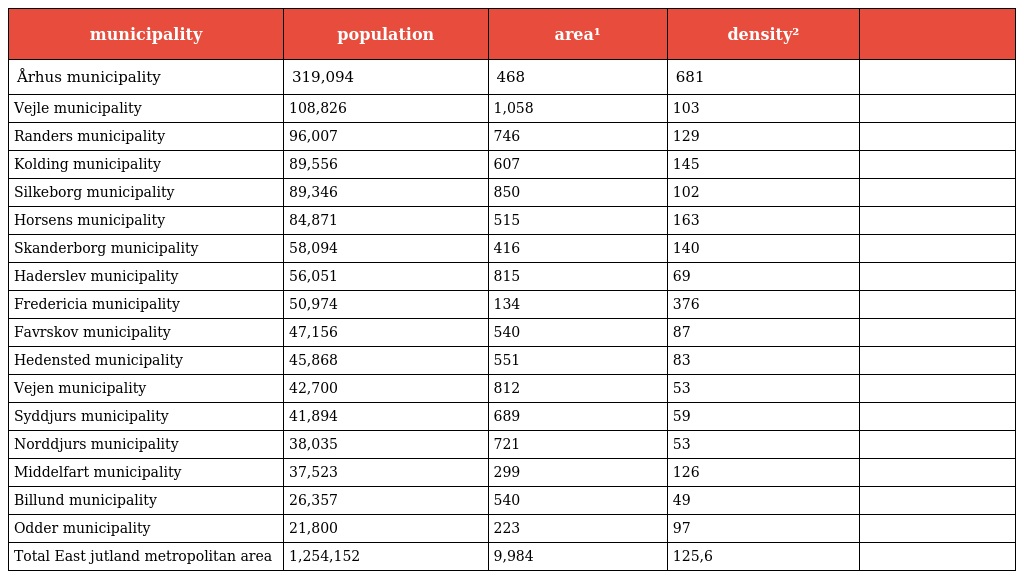
| municipality | population | area¹ | density² |  |
 | --- | --- | --- | --- | --- |
 | Århus municipality | 319,094 | 468 | 681 |  |
 | Vejle municipality | 108,826 | 1,058 | 103 |  |
 | Randers municipality | 96,007 | 746 | 129 |  |
 | Kolding municipality | 89,556 | 607 | 145 |  |
 | Silkeborg municipality | 89,346 | 850 | 102 |  |
 | Horsens municipality | 84,871 | 515 | 163 |  |
 | Skanderborg municipality | 58,094 | 416 | 140 |  |
 | Haderslev municipality | 56,051 | 815 | 69 |  |
 | Fredericia municipality | 50,974 | 134 | 376 |  |
 | Favrskov municipality | 47,156 | 540 | 87 |  |
 | Hedensted municipality | 45,868 | 551 | 83 |  |
 | Vejen municipality | 42,700 | 812 | 53 |  |
 | Syddjurs municipality | 41,894 | 689 | 59 |  |
 | Norddjurs municipality | 38,035 | 721 | 53 |  |
 | Middelfart municipality | 37,523 | 299 | 126 |  |
 | Billund municipality | 26,357 | 540 | 49 |  |
 | Odder municipality | 21,800 | 223 | 97 |  |
 | Total East jutland metropolitan area | 1,254,152 | 9,984 | 125,6 |  |